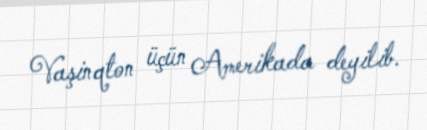
Vaşinqton üçün Amerikada deyilib.